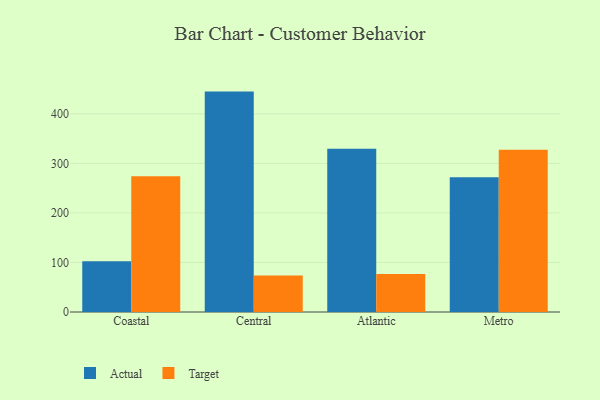
{"axis": {"x": "Region", "y": "LTV (USD)"}, "legend": ["Actual", "Target"], "data": [{"x": "Coastal", "y": 102.2, "type": "Actual"}, {"x": "Coastal", "y": 274.2, "type": "Target"}, {"x": "Central", "y": 444.8, "type": "Actual"}, {"x": "Central", "y": 73.8, "type": "Target"}, {"x": "Atlantic", "y": 329.6, "type": "Actual"}, {"x": "Atlantic", "y": 76.6, "type": "Target"}, {"x": "Metro", "y": 271.9, "type": "Actual"}, {"x": "Metro", "y": 327.4, "type": "Target"}]}